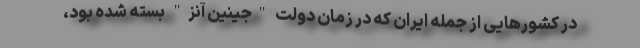
در کشورهایی از جمله ایران که در زمان دولت "جینین آنز" بسته شده بود،